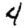
Digit: 4